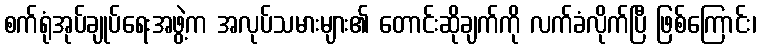
စက်ရုံအုပ်ချုပ်ရေးအဖွဲ့က အလုပ်သမားများ၏ တောင်းဆိုချက်ကို လက်ခံလိုက်ပြီ ဖြစ်ကြောင်း၊